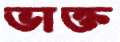
ভাক্ত